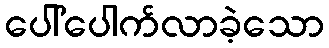
ပေါ်ပေါက်လာခဲ့သော